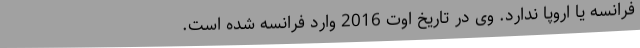
فرانسه یا اروپا ندارد. وی در تاریخ اوت 2016 وارد فرانسه شده است.